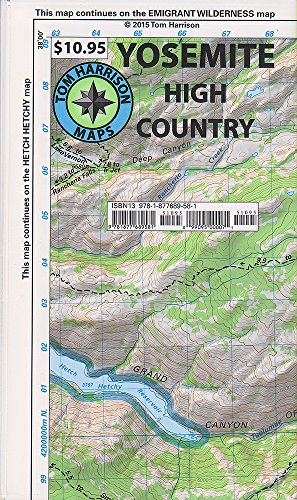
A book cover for Yosemite High Country (Tom Harrison Maps); Tom Harrison; Travel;